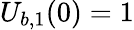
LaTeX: U_{b,1}(0)=1